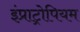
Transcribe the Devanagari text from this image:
इंप्राट्रोपियम